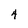
Character: 4